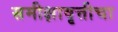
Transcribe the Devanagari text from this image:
समीक्षावृत्तीचा